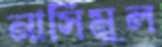
নাসিমুল